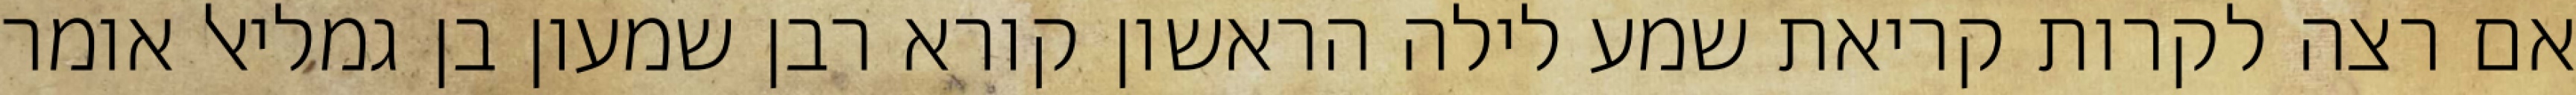
אם רצה לקרות קריאת שמע לילה הראשון קורא רבן שמעון בן גמליאל אומר